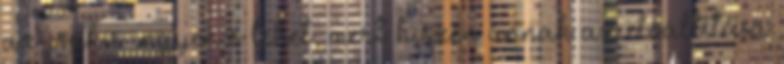
az csakis ingyenes lehet, mert hiszen annak az előállítása